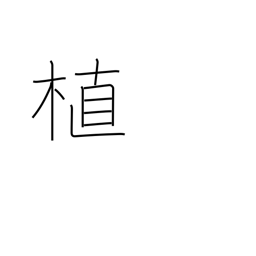
Meaning: plant